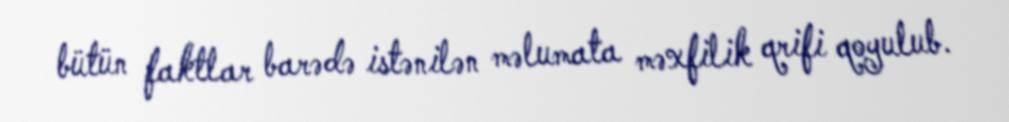
bütün faktlar barədə istənilən məlumata məxfilik qrifi qoyulub.